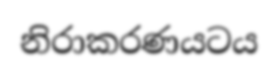
නිරාකරණයටය